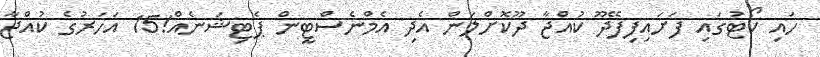
ހައި ކޯޓުގައި ފަށައިފިފޭދޫ ކުއްޖާ ދޫކޮށްލަން އެދި އެމްނެސްޓީން ޕެޓިޝަނެއް!15 އަހަރުގެ ކުއްޖާ